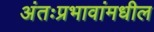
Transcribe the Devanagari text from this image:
अंतःप्रभावांमधील